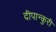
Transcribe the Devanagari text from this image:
दीपान्कुरी